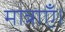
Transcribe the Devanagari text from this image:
मात्राएँ।